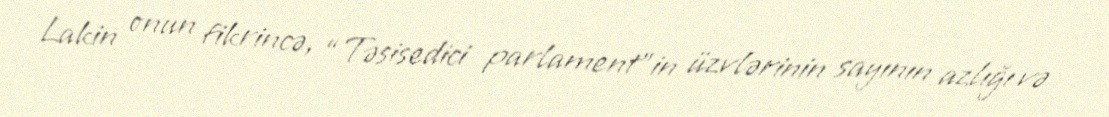
Lakin onun fikrincə, “Təsisedici parlament”in üzvlərinin sayının azlığı və